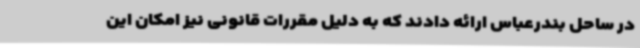
در ساحل بندرعباس ارائه دادند که به دلیل مقررات قانونی نیز امکان این